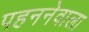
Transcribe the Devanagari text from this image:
पहननेवाला